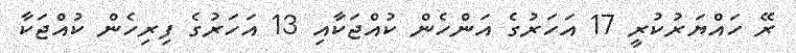
ރޭ ހައްޔަރުކުރީ 17 އަހަރުގެ އަންހެން ކުއްޖަކާއި 13 އަހަރުގެ ފިރިހެން ކުއްޖަކާ